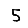
Digit: 5